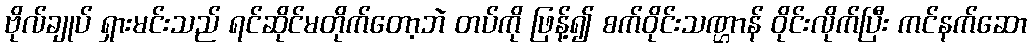
ဗိုလ်ချုပ် ရှားမင်းသည် ရင်ဆိုင်မတိုက်တော့ဘဲ တပ်ကို ဖြန့်၍ စက်ဝိုင်းသဏ္ဌာန် ဝိုင်းလိုက်ပြီး ကင်နက်ဆော